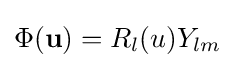
\Phi (\mathbf {u} )=R_{l}(u)Y_{lm}